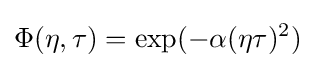
\Phi (\eta ,\tau )=\exp(-\alpha (\eta \tau )^{2})